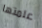
علمتها